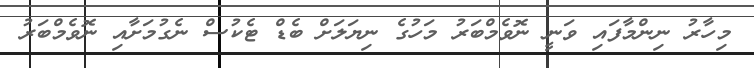
މިހާރު ނިންމާފައި ވަނީ ނޮވެމްބަރު މަހުގެ ނިޔަލަށް ބެޑް ޓެކުސް ނެގުމަށާއި ނޮވެމްބަރު